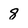
Character: 8